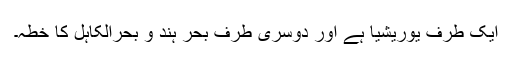
ایک طرف یوریشیا ہے اور دوسری طرف بحر ہند و بحرالکاہل کا خطہ۔